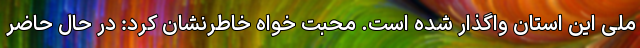
ملی این استان واگذار شده است. محبت خواه خاطرنشان کرد: در حال حاضر